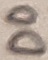
Text: D0